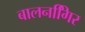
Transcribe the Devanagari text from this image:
बालनगििर